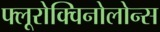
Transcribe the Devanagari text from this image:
फ्लूरोक्विनोलोन्स